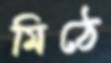
মিঠে